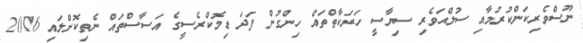
ނޫސްވެރިކަންކުރުމާއި ސުލްޙަވެރި ސިޔާސީ ހަރަކާތްތައް ހިންގުން ފަދަ ޑިމޮކްރެސީގެ އަސާސްތައް ނެތިކޮށްލައި 2016